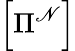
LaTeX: \left[\Pi^{\mathscr{N}}\right]